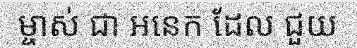
ម្ចាស់ ជា អនេក ដែល ជួយ